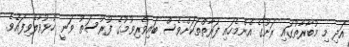
އަދި މި މުބާރާތުގައި ރަށުގެ އެންމެހައި ފަރާތްތަކަށްވެސް ބައިވެރިވުމުގެ ފުރުސަތު ވަނީ ހުޅުވާލެވިފައެވެ.